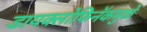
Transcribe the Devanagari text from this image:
डायक्लोफिनॅकमुळे